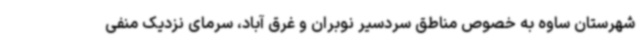
شهرستان ساوه به خصوص مناطق سردسیر نوبران و غرق آباد، سرمای نزدیک منفی